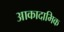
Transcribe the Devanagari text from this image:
आकादामिक